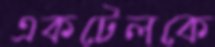
একটেলকে